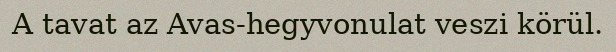
A tavat az Avas-hegyvonulat veszi körül.